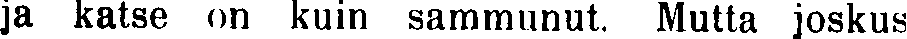
ja katse on kuin sammunut. Mutta joskus